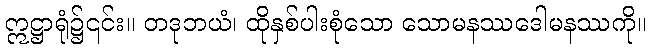
ဣဋ္ဌာရုံ၌၎င်း။ တဒုဘယံ၊ ထိုနှစ်ပါးစုံသော သောမနဿဒေါမနဿကို။